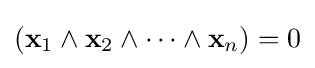
(\mathbf {x} _{1}\wedge \mathbf {x} _{2}\wedge \cdots \wedge \mathbf {x} _{n})=0